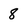
Character: 8